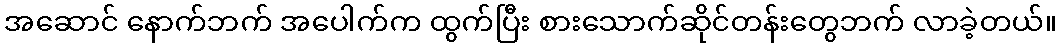
အဆောင် နောက်ဘက် အပေါက်က ထွက်ပြီး စားသောက်ဆိုင်တန်းတွေဘက် လာခဲ့တယ်။